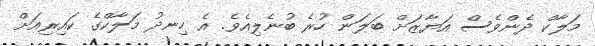
މަލާކް ދެންވެސް އަޔާޒަށް ބަލަން ހުރެ ބުނެލިއެވެ. އެ ހިނދު މަލާކްގެ ކައިރިއަށް